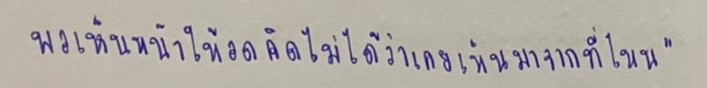
พอเห็นหน้าให้อดคิดไม่ได้ว่าเคยเห็นมาจากที่ไหน"